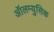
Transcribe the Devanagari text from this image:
ऑलम्युसिक